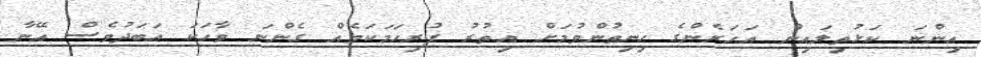
އިންނަ ކަޅުތިލައިން އަހަރެންގެ ހިނިތުންވުމަށް އިތުރު ފުރިހަމަކަމެއް ގެންނަ ވާހަކަ އަބަދުވެސް އޭނާ